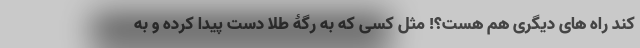
کند راه های دیگری هم هست؟! مثل کسی که به رگۀ طلا دست پیدا کرده و به